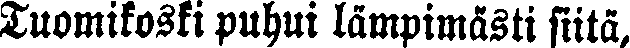
Tuomikoski puhui lämpimästi siitä,